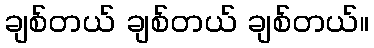
ချစ်တယ် ချစ်တယ် ချစ်တယ်။